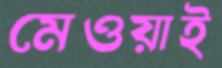
মেওয়াই